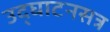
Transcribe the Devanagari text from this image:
उद्‍घाटनसत्र